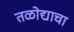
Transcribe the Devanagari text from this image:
तळोद्याचा